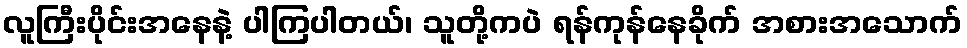
လူကြီးပိုင်းအနေနဲ့ ပါကြပါတယ်၊ သူတို့ကပဲ ရန်ကုန်နေခိုက် အစားအသောက်